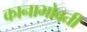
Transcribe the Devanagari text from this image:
कानाभोवती